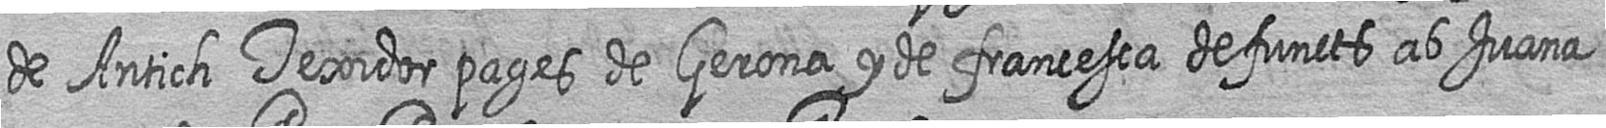
de Antich Texidor pages de Gerona y de francesca defuncts ab Juana